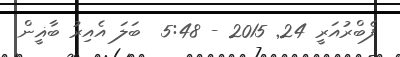
ފެބްރުއަރީ 24